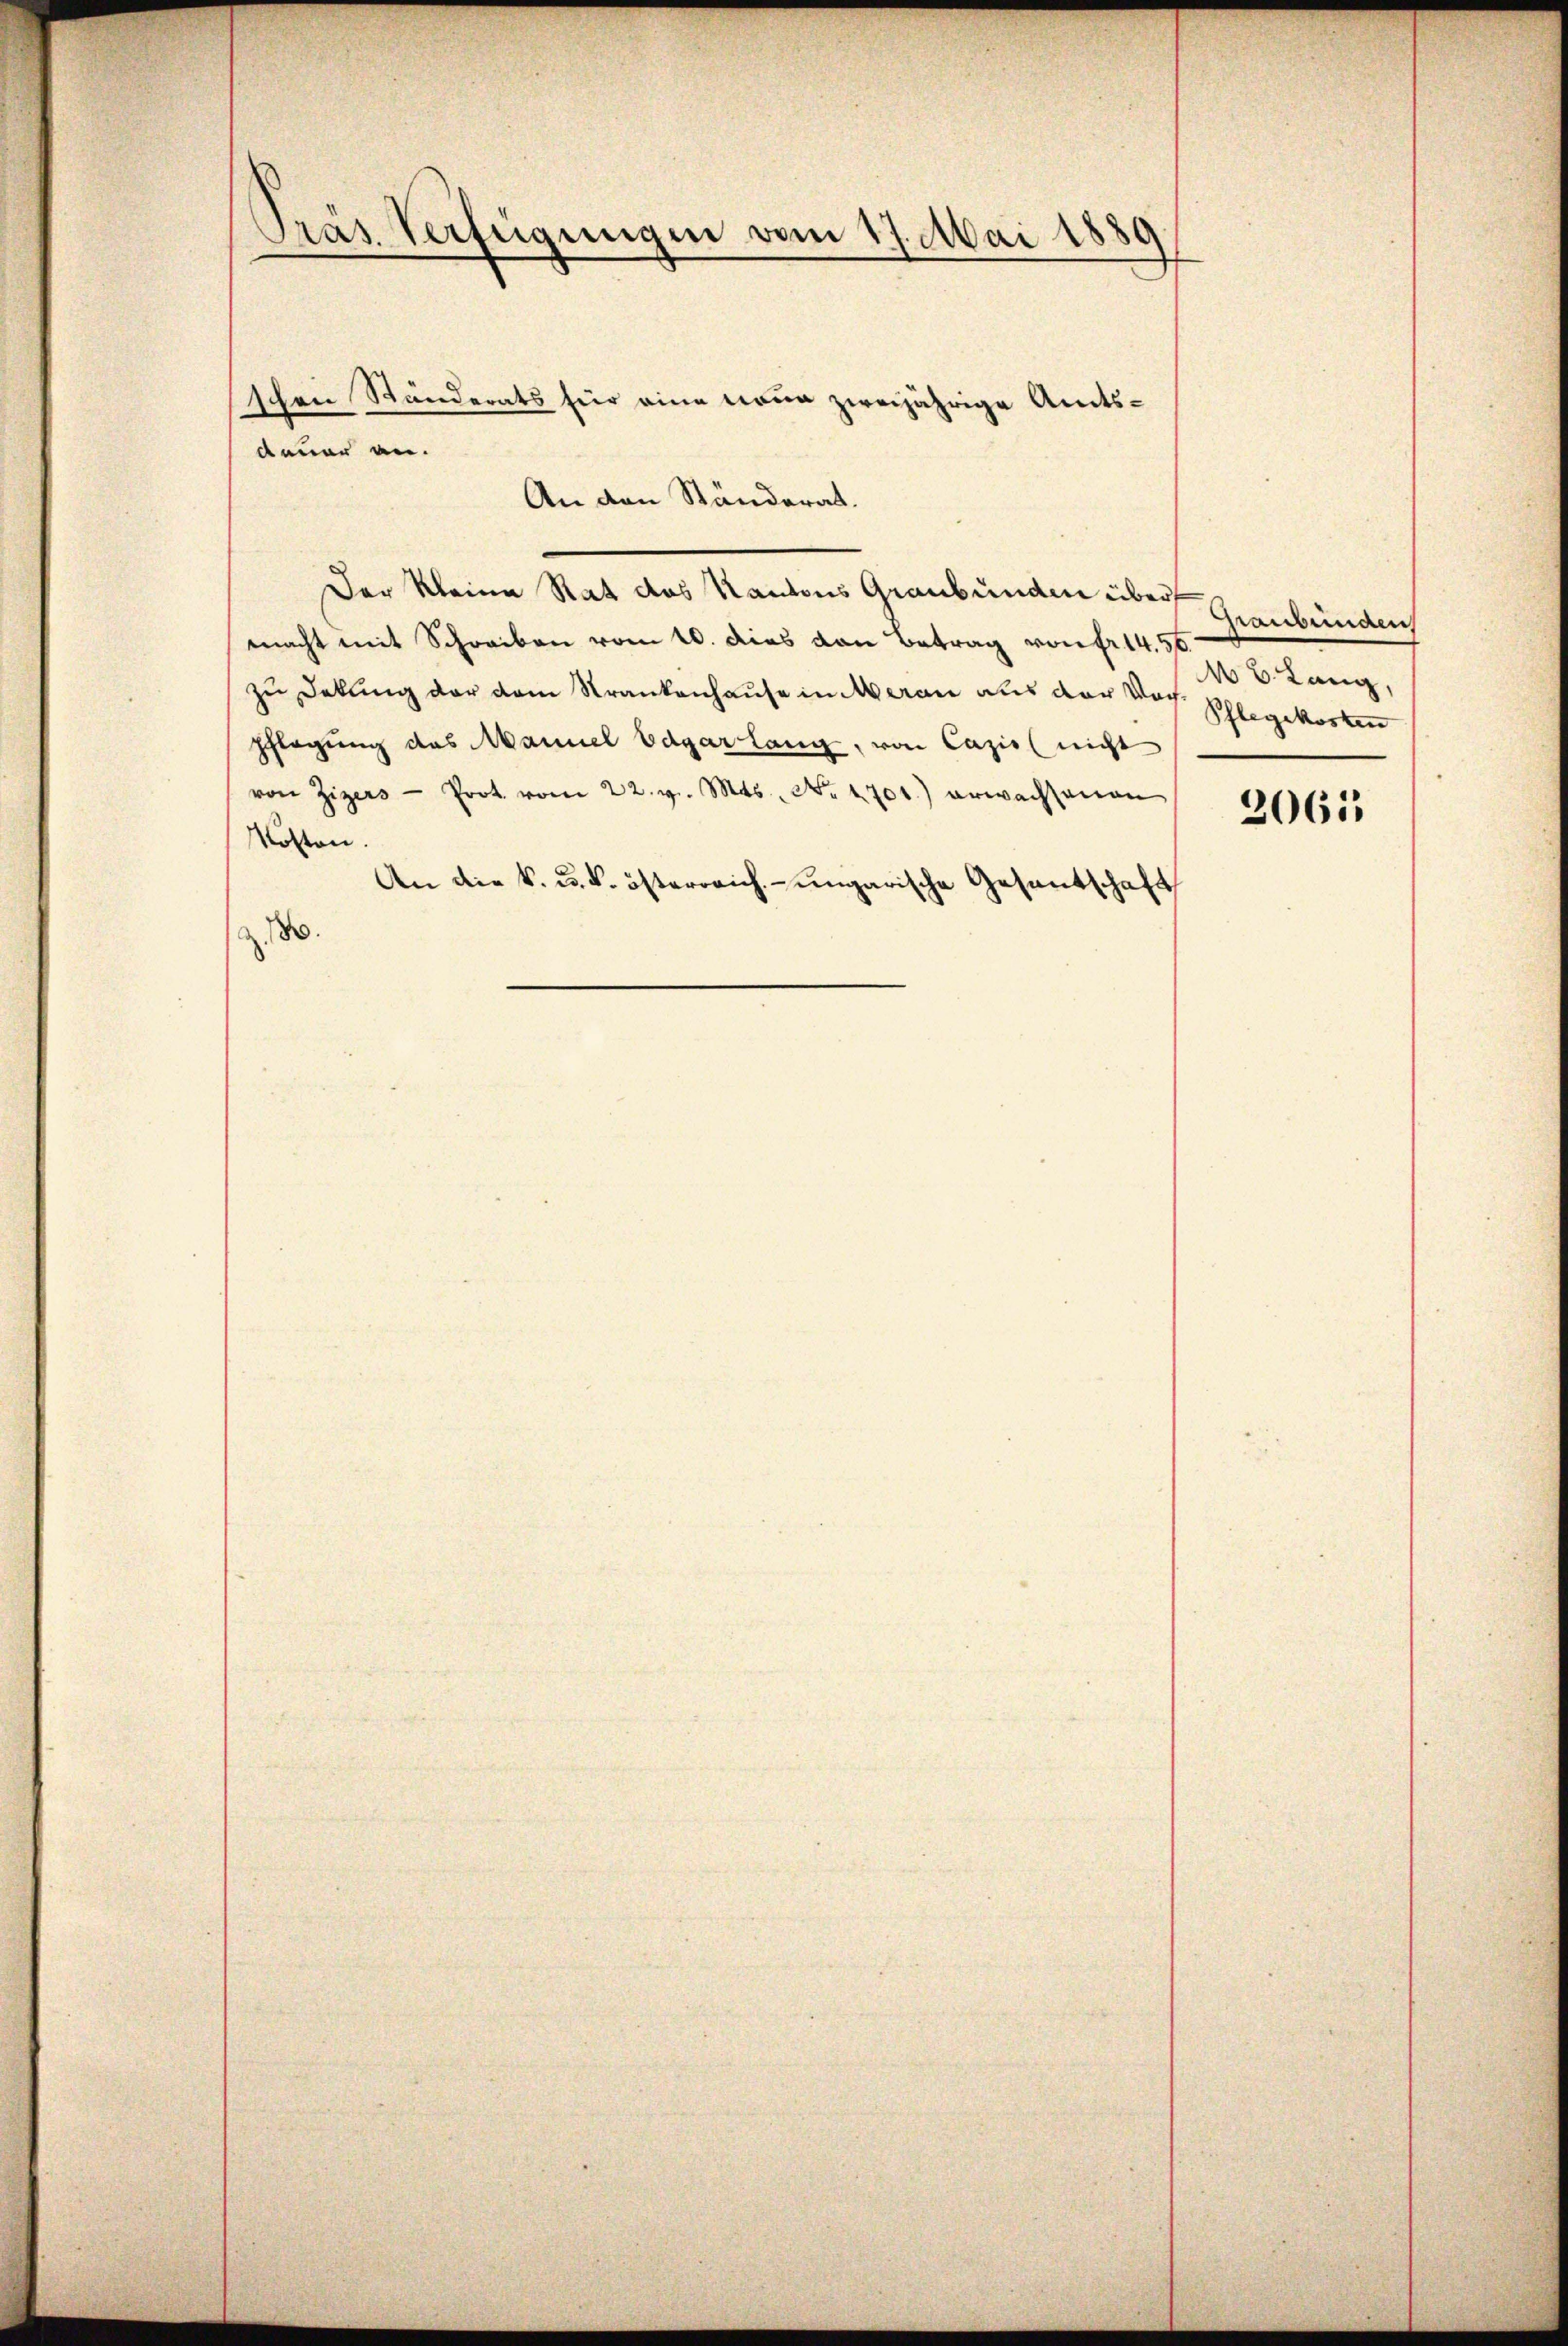
Pras Verfügungen vom 17. Mai 1889

Der Kleine Rat das Kantons Graubünden über Graubünden
macht mit Schreiben vom 10. dies von Betrag von fr. 1456
zŭ dekung der dem Krankenhause in Meran aus der Not. Phlegekosten
shlagung des Mannel Edgar lang, von Cazis (nicht
von Zizers - Prot. vom 22. v. Mts. No. 1701.) erwachsenen
Kosten.
An die k. u. k. österreich-ungarische Gesantschaft
z. 180.

schene Ständerats für eine neue zweijährige Amts¬
An den Ständerat.

dauer an.

Mb. Lang,

2061